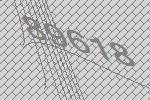
89618